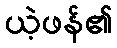
ယဲ့ဖန်၏